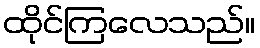
ထိုင်ကြလေသည်။